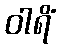
ဝါရိံ